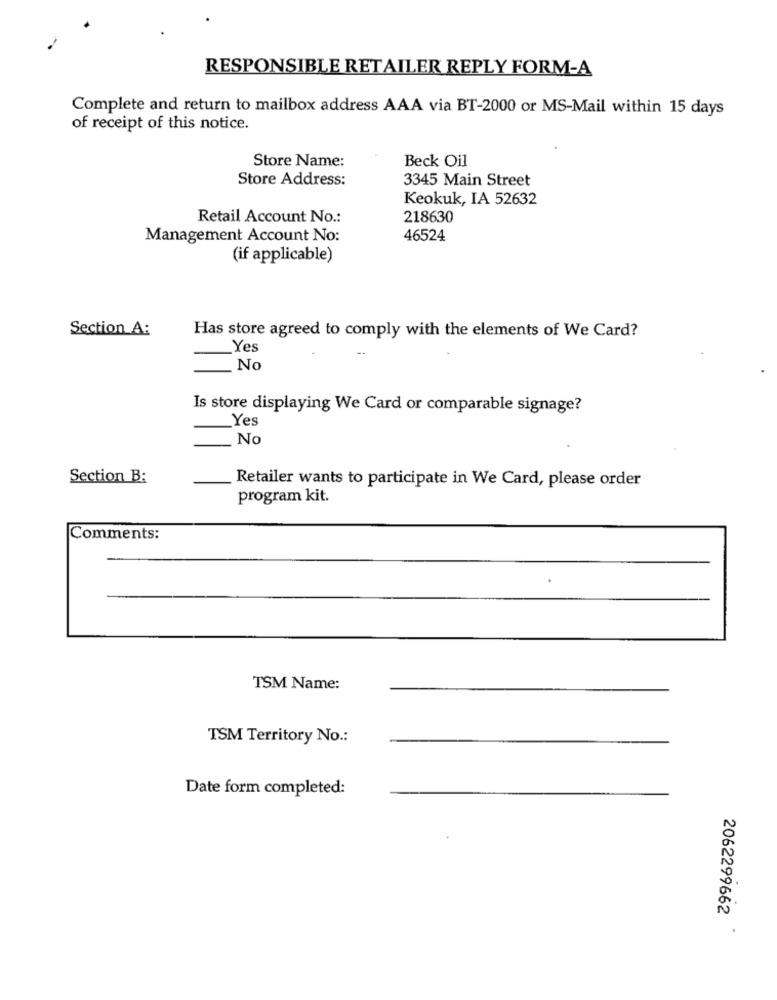
RESPONSIBLE RETAILER REPLY FORM-A
Complete and return to mailbox address AAA via BT-2000 or MS-Mail within 15 days
of receipt of this notice.
Store Name:
Beck Oil
Store Address:
3345 Main Street
Keokuk, IA 52632
Retail Account No .:
218630
Management Account No:
46524
(if applicable)
Section A:
Has store agreed to comply with the elements of We Card?
Yes
No
Is store displaying We Card or comparable signage?
Yes
_No
Section B:
Retailer wants to participate in We Card, please order
program kit.
Comments:
TSM Name:
TSM Territory No .:
Date form completed:
2062299662